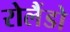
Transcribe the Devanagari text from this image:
रोलैंडो